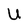
Character: U